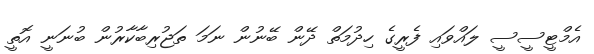
އެމްޓީސީސީ ލައްވައި ފެރީގެ ހިދުމަތް ދޭން ބޭނުން ނަމަ ތަޖުރިބާކާރުން ބުނަނީ އޮތީ